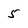
Character: 5